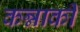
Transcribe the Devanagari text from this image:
कन्नाकी